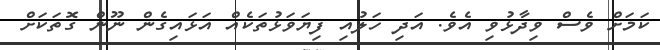
ކަމަށް ވެސް ވިދާޅުވި އެވެ. އަދި ހަލުއި ފިޔަވަޅުތަކެއް އަޅައިގެން ނޫން ގޮތަކަށް